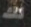
لك